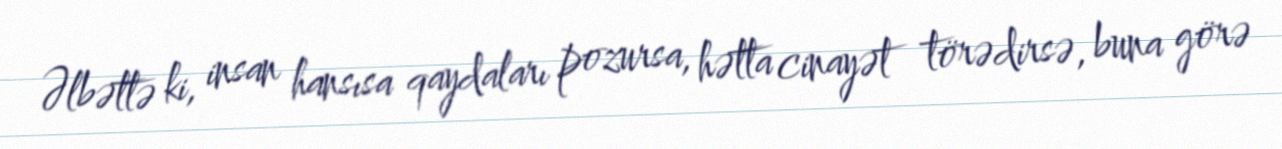
Əlbəttə ki, insan hansısa qaydaları pozursa, hətta cinayət törədirsə, buna görə